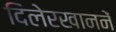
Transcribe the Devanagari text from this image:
दिलेरखाननें